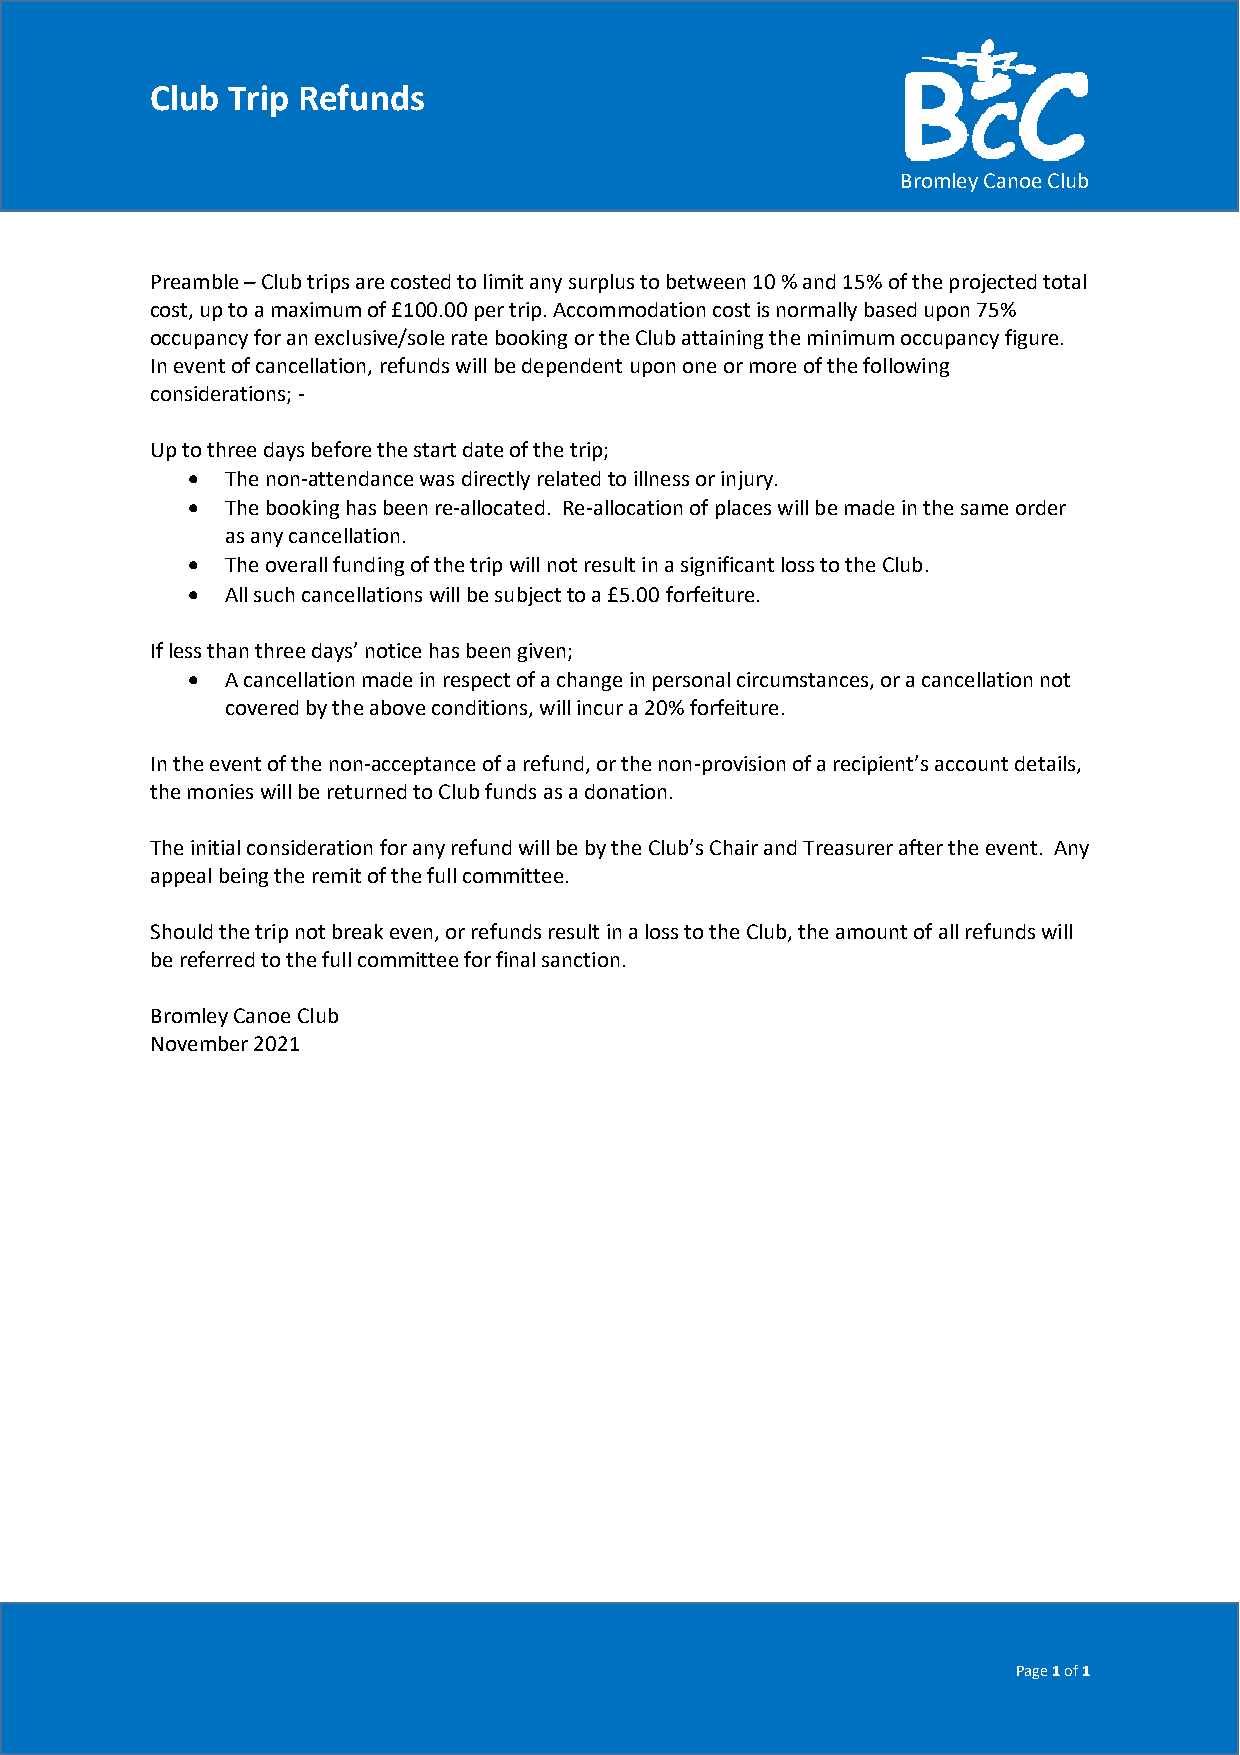
Club Trip Refunds
 Bromley Canoe Club
 Preamble – Club trips are costed to limit any surplus to between 10 % and 15% of the projected total
 cost, up to a maximum of £100.00 per trip. Accommodation cost is normally based upon 75%
 occupancy for an exclusive/sole rate booking or the Club attaining the minimum occupancy figure.
 In event of cancellation, refunds will be dependent upon one or more of the following
 considerations; -
 Up to three days before the start date of the trip;
 •  The non-attendance was directly related to illness or injury.
 •  The booking has been re-allocated. Re-allocation of places will be made in the same order
 as any cancellation.
 •  The overall funding of the trip will not result in a significant loss to the Club.
 •  All such cancellations will be subject to a £5.00 forfeiture.
 If less than three days’ notice has been given;
 •  A cancellation made in respect of a change in personal circumstances, or a cancellation not
 covered by the above conditions, will incur a 20% forfeiture.
 In the event of the non-acceptance of a refund, or the non-provision of a recipient’s account details,
 the monies will be returned to Club funds as a donation.
 The initial consideration for any refund will be by the Club’s Chair and Treasurer after the event. Any
 appeal being the remit of the full committee.
 Should the trip not break even, or refunds result in a loss to the Club, the amount of all refunds will
 be referred to the full committee for final sanction.
 Bromley Canoe Club
 November 2021
 Page 1 of 1